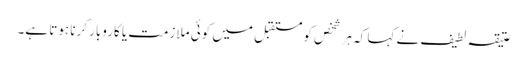
عتیقہ لطیف نے کہا کہ ہر شخص کو مستقبل میں کوئی ملازمت یا کاروبار کرنا ہوتا ہے۔